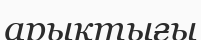
арықтығы